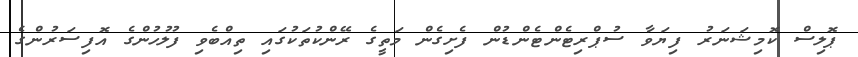
ޕޮލިސް ކޮމިޝަނަރު ފިޔަވާ ސުޕްރިޓެންޓެންޑުން ފެށިގެން މަތީގެ ރޭންކުތަކުގައި ތިއްބެވި ފުލުހުންގެ އޮފިސަރުންގެ